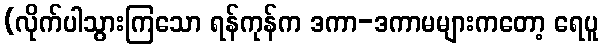
(လိုက်ပါသွားကြသော ရန်ကုန်က ဒကာ-ဒကာမများကတော့ ရေပူ